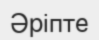
Әріпте